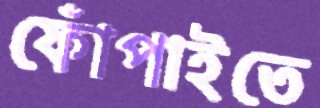
ফোঁপাইতে